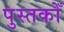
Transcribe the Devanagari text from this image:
पुस्तकोँ